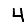
Digit: 4